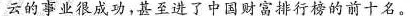
云的事业很成功，甚至进了中国财富排行榜的前十名。